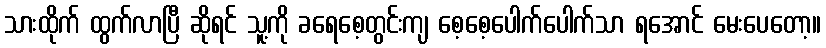
သားထိုက် ထွက်လာပြီ ဆိုရင် သူ့ကို ခရေစေ့တွင်းကျ စေ့စေ့ပေါက်ပေါက်သာ ရအောင် မေးပေတော့။